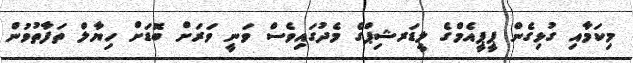
މިކަމާއި ގުޅިގެން ޕީޕީއެމްގެ ލީޑަރޝިޕްގެ މެދުގައިވެސް ވަނީ ވަރަށް ބޮޑަށް ހިޔާލް ތަފާތުވުން